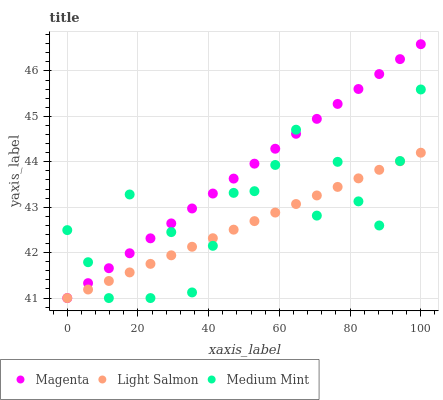
| xaxis_label | Magenta | Light Salmon | Medium Mint |
 | --- | --- | --- | --- |
 | 0 | 41 | 41 | 42.5 |
 | 5.88 | 41.3 | 41.2 | 41.8 |
 | 11.8 | 41.7 | 41.4 | 41 |
 | 17.6 | 42 | 41.6 | 43.3 |
 | 23.5 | 42.3 | 41.8 | 41 |
 | 29.4 | 42.6 | 41.9 | 42.5 |
 | 35.3 | 43 | 42.1 | 41.1 |
 | 41.2 | 43.3 | 42.3 | 42.2 |
 | 47.1 | 43.6 | 42.5 | 43.3 |
 | 52.9 | 44 | 42.7 | 43.4 |
 | 58.8 | 44.3 | 42.9 | 43.9 |
 | 64.7 | 44.6 | 43.1 | 44.7 |
 | 70.6 | 44.9 | 43.3 | 42.8 |
 | 76.5 | 45.3 | 43.4 | 44 |
 | 82.4 | 45.6 | 43.6 | 43.1 |
 | 88.2 | 45.9 | 43.8 | 42.6 |
 | 94.1 | 46.3 | 44 | 44 |
 | 100 | 46.6 | 44.2 | 45.6 |